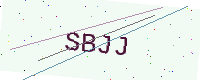
Text: SBJJ